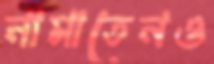
নামাতেনও